Serum-therapy of plague in India - Number 20
Disease focus: Plague
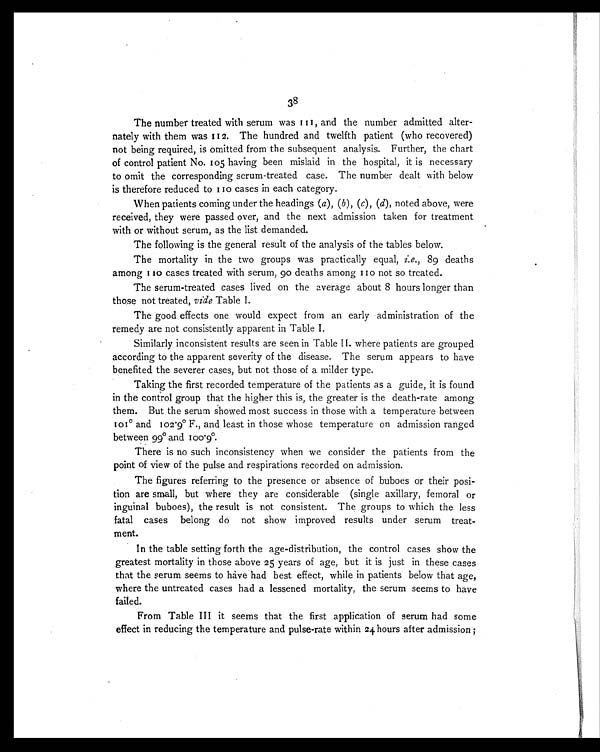
38
The number treated with serum was 111, and the number admitted alter-
nately with them was 112. The hundred and twelfth patient (who recovered)
not being required, is omitted from the subsequent analysis. Further, the chart
of control patient No. 105 having been mislaid in the hospital, it is necessary
to omit the corresponding serum-treated case. The number dealt with below
is therefore reduced to 110 cases in each category.
When patients coming under the headings ( a), (b ), (c), (d), noted above, were
received, they were passed over, and the next admission taken for treatment
with or without serum, as the list demanded.
The following is the general result of the analysis of the tables below.
The mortality in the two groups was practically equal, i.e., 89 deaths
among 110 cases treated with serum, 90 deaths among 110 not so treated.
The serum-treated cases lived on the average about 8 hours longer than
those not treated, vide Table I.
The good effects one would expect from an early administration of the
remedy are not consistently apparent in Table I.
Similarly inconsistent results are seen in Table II. where patients are grouped
according to the apparent severity of the disease. The serum appears to have
benefited the severer cases, but not those of a milder type.
Taking the first recorded temperature of the patients as a guide, it is found
in the control group that the higher this is, the greater is the death-rate among
them. But the serum showed most success in those with a temperature between
101° and 102.9° F., and least in those whose temperature on admission ranged
between 99° and 100.9°.
There is no such inconsistency when we consider the patients from the
point of view of the pulse and respirations recorded on admission.
The figures referring to the presence or absence of buboes or their posi-
tion are small, but where they are considerable (single axillary, femoral or
inguinal buboes), the result is not consistent. The groups to which the less
fatal cases belong do not show improved results under serum treat-
ment.
In the table setting forth the age-distribution, the control cases show the
greatest mortality in those above 25 years of age, but it is just in these cases
that the serum seems to have had best effect, while in patients below that age,
where the untreated cases had a lessened mortality, the serum seems to have
failed.
From Table III it seems that the first application of serum had some
effect in reducing the temperature and pulse-rate within 24 hours after admission ;